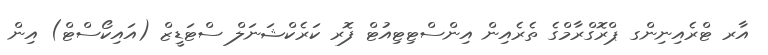
އާރ ޓްރެެއިނިންގ ޕްރޮގްރާމްގެ ތެރެއިން އިންސްޓިޓިއުޓް ފޮރ ކަރެކްޝަނަލް ސްޓަޑީޒް (އައިކޯސްޓް) އިން